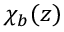
\chi _ { b } ( z )